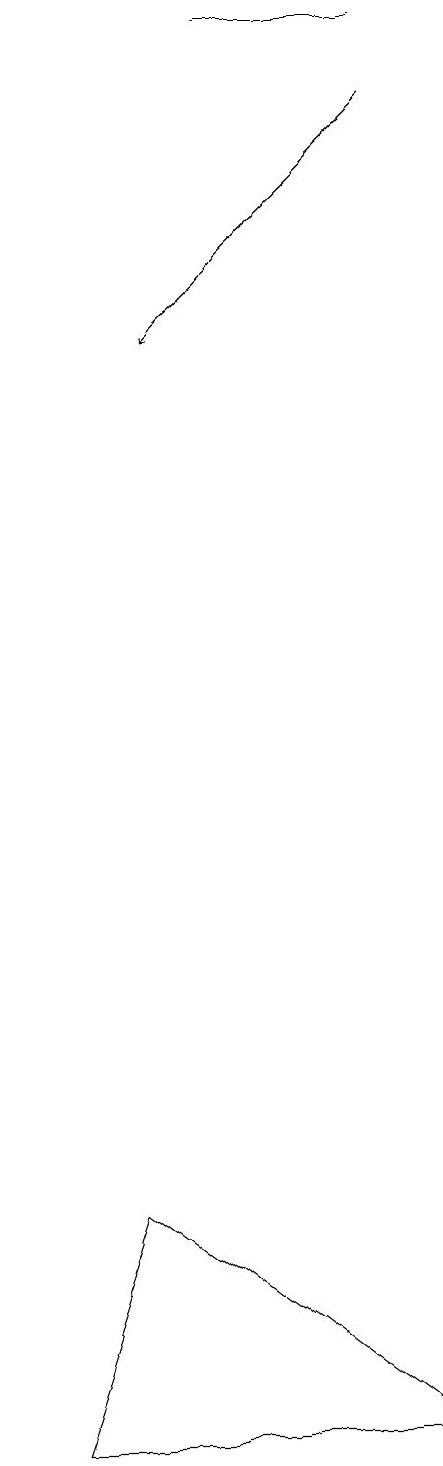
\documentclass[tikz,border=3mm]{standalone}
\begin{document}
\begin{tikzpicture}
\draw[->] (9,18) -- (6,15);
\draw (5,4) -- (4,1) -- (9,1) -- cycle;
\draw (7,19) rectangle (9,19);
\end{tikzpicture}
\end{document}